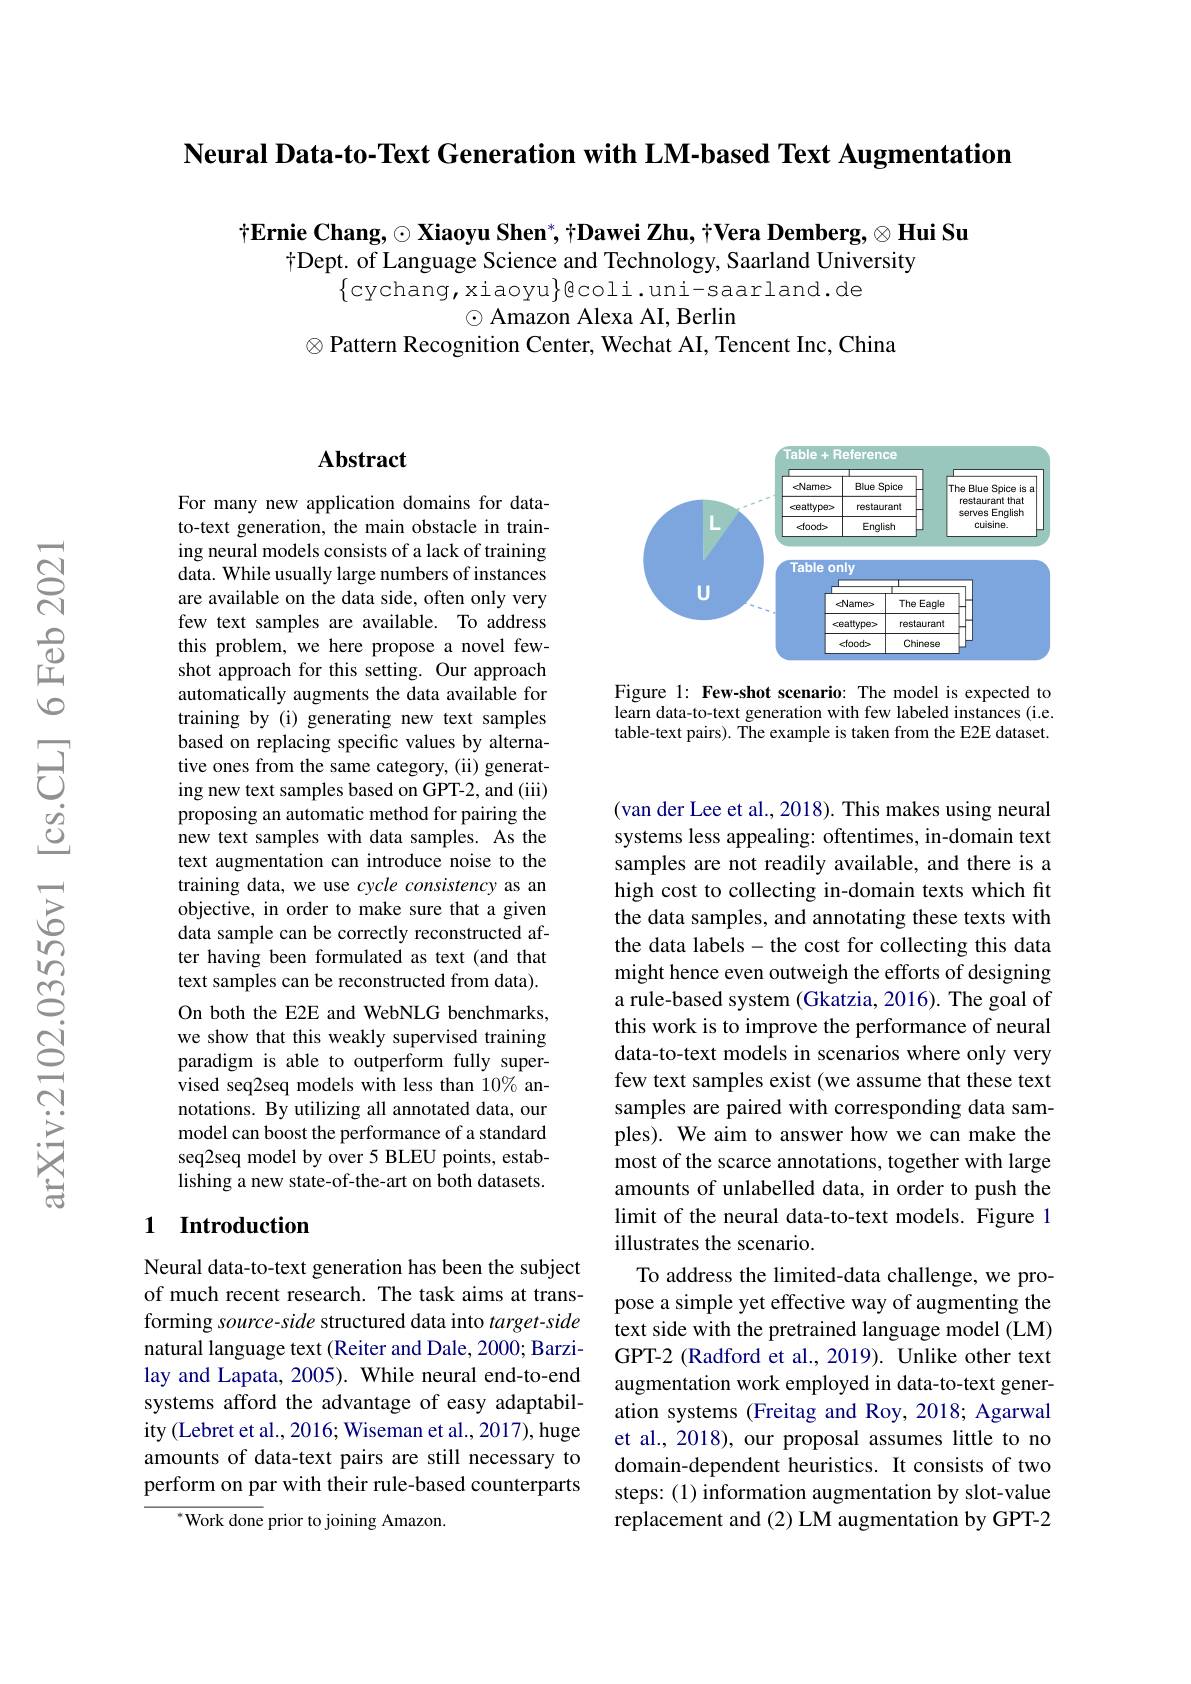
Neural Data-to-Text Generation with LM-based Text Augmentation

$\dagger \textbf{Ernie Chang, }\odot \textbf{Xiaoyu Shen}^* , \dagger \textbf{Dawei Zhu, }\dagger$Vera Demberg,$\otimes \textbf{Hui Su}$
$\dagger$Dept. of Language Science and Technology, Saarland University
$\{$cychang, xiaoyu$\}$ecoli.uni-saarland.de
$\odot$ Amazon Alexa AI, Berlin
$\otimes$Pattern Recognition Center, Wechat AI, Tencent Inc, China

### $\mathbf{Abstract}$

For many new application domains for datato-text generation, the main obstacle in training neural models consists of a lack of training data. While usually large numbers of instances are available on the data side, often only very few text samples are available. To address this problem, we here propose a novel fewshot approach for this setting. Our approach automatically augments the data available for training by (i) generating new text samples based on replacing specific values by alternative ones from the same category, (ii) generating new text samples based on GPT-2, and (iii) proposing an automatic method for pairing the new text samples with data samples. As the text augmentation can introduce noise to the training data, we use cycle consistency as an objective, in order to make sure that a given data sample can be correctly reconstructed after having been formulated as text (and that text samples can be reconstructed from data). On both the E2E and WebNLG benchmarks, we show that this weakly supervised training paradigm is able to outperform fully supervised seq2seq models with less than 10% annotations. By utilizing all annotated data, our model can boost the performance of a standard seq2seq model by over 5 BLEU points, establishing a new state-of-the-art on both datasets.

### 1 Introduction

Neural data-to-text generation has been the subject of much recent research. The task aims at transforming source-side structured data into target-side natural language text (Reiter and Dale, 2000; Barzilay and Lapata, 2005). While neural end-to-end systems afford the advantage of easy adaptability (Lebret et al., 2016; Wiseman et al., 2017), huge amounts of data-text pairs are still necessary to perform on par with their rule-based counterparts

${^{*}\mathrm{Work~done~prior~to~joining~Amazon.}}$

<FigureHere>

Figure 1: Few-shot scenario: The model is expected to learn data-to-text generation with few labeled instances (i.e. table-text pairs). The example is taken from the E2E dataset.

(van der Lee et al., 2018). This makes using neural systems less appealing: oftentimes, in-domain text samples are not readily available, and there is a high cost to collecting in-domain texts which fit the data samples, and annotating these texts with the data labels- the cost for collecting this data might hence even outweigh the efforts of designing a rule-based system (Gkatzia, 2016). The goal of this work is to improve the performance of neural data-to-text models in scenarios where only very few text samples exist (we assume that these text samples are paired with corresponding data samples). We aim to answer how we can make the most of the scarce annotations, together with large amounts of unlabelled data, in order to push the limit of the neural data-to-text models. Figure 1 illustrates the scenario.
To address the limited-data challenge, we propose a simple yet effective way of augmenting the text side with the pretrained language model (LM) GPT-2 (Radford et al., 2019). Unlike other text augmentation work employed in data-to-text generation systems (Freitag and Roy, 2018; Agarwal et al., 2018), our proposal assumes little to no domain-dependent heuristics. It consists of two steps: (1) information augmentation by slot-value replacement and (2) LM augmentation by GPT-2